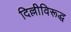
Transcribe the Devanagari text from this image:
दिल्लीविरूद्ध